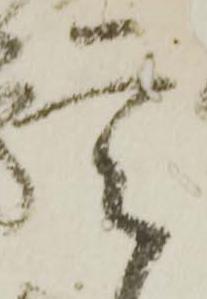
定